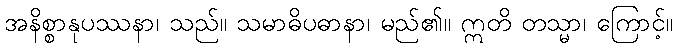
အနိစ္စာနုပဿနာ၊ သည်။ သမာဓိပဓာနာ၊ မည်၏။ ဣတိ တသ္မာ၊ ကြောင့်။